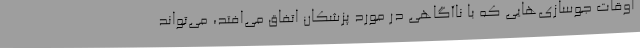
اوقات جوسازی‌هایی که با ناآگاهی در مورد پزشکان اتفاق می‌افتد، می‌تواند